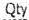
QTY